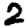
Digit: 2